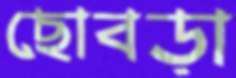
ছোবড়া